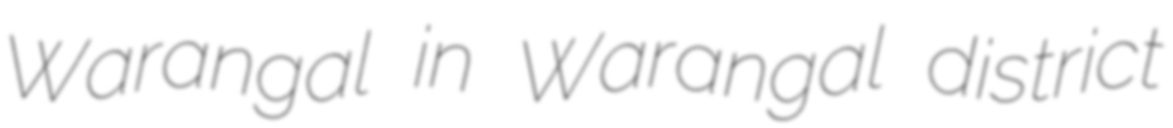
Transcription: Warangal in Warangal district